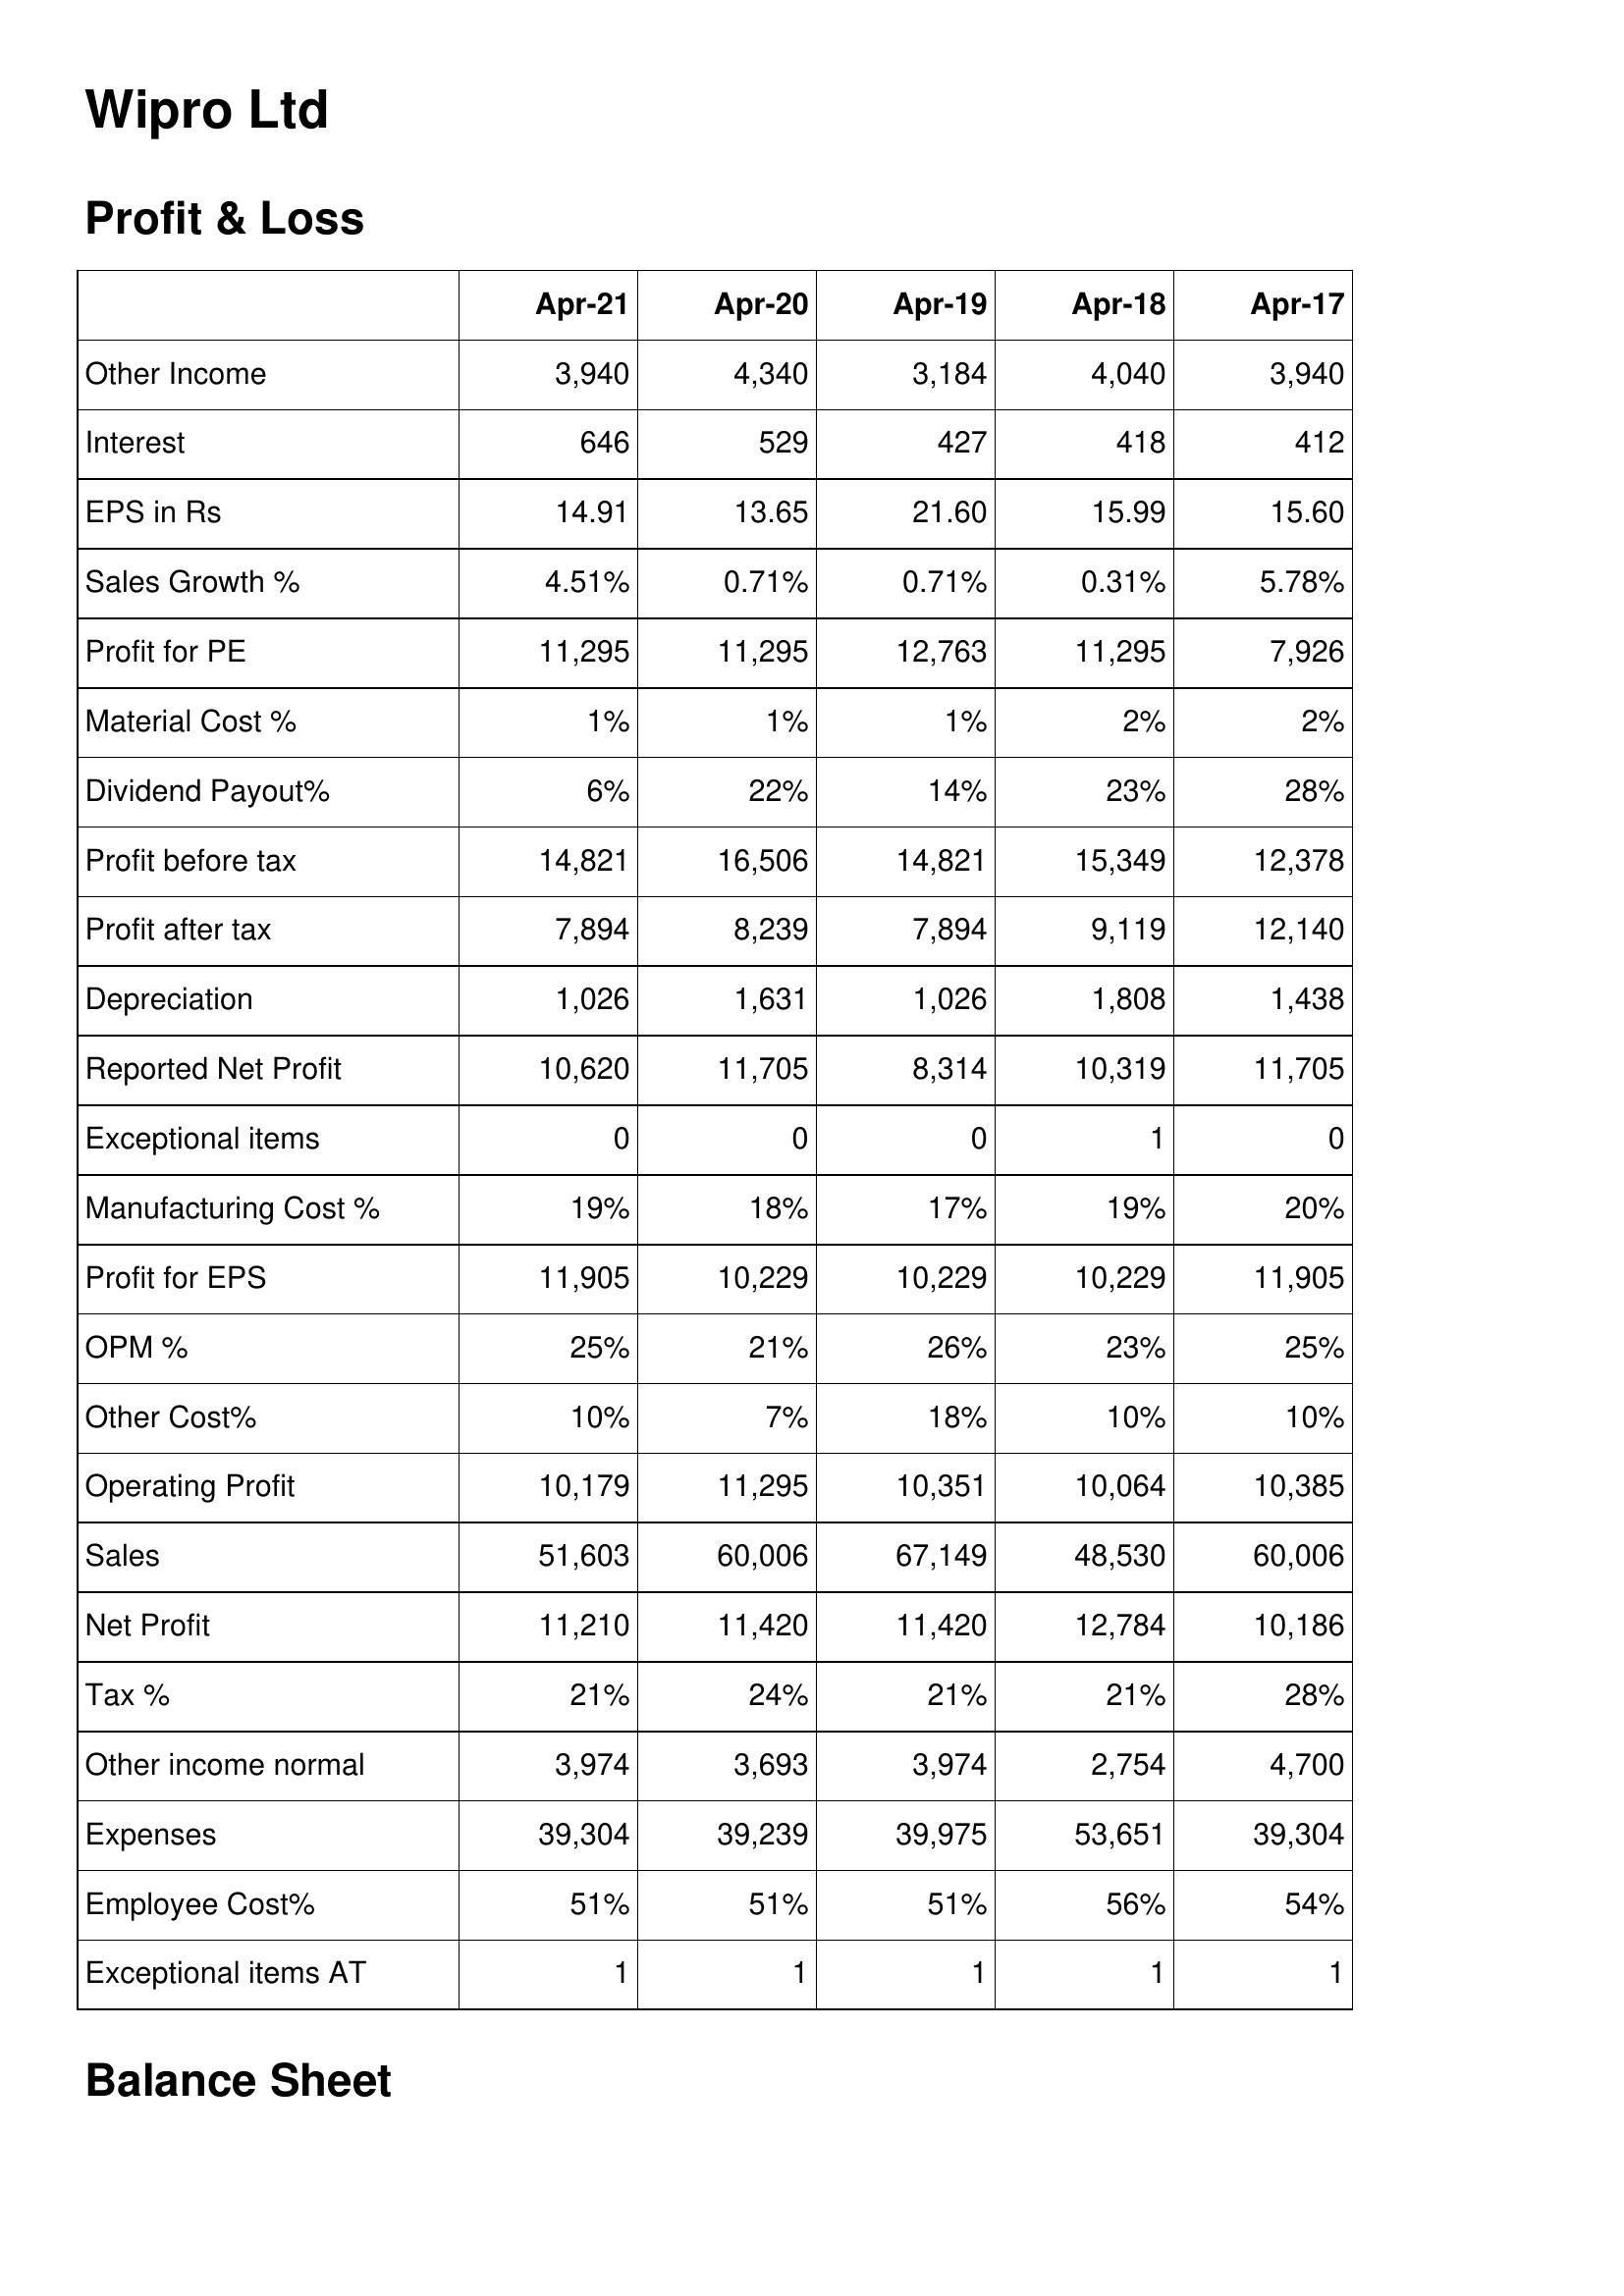
Apr-21: Profit & Loss: Other Income: 3,940
Interest: 646
EPS in Rs: 14.91
Sales Growth %: 4.51%
Profit for PE: 11,295
Material Cost %: 1%
Dividend Payout%: 6%
Profit before tax: 14,821
Profit after tax: 7,894
Depreciation: 1,026
Reported Net Profit: 10,620
Exceptional items: 0
Manufacturing Cost %: 19%
Profit for EPS: 11,905
OPM %: 25%
Other Cost%: 10%
Operating Profit: 10,179
Sales: 51,603
Net Profit: 11,210
Tax %: 21%
Other income normal: 3,974
Expenses: 39,304
Employee Cost%: 51%
Exceptional items AT: 1
Apr-20: Profit & Loss: Other Income: 4,340
Interest: 529
EPS in Rs: 13.65
Sales Growth %: 0.71%
Profit for PE: 11,295
Material Cost %: 1%
Dividend Payout%: 22%
Profit before tax: 16,506
Profit after tax: 8,239
Depreciation: 1,631
Reported Net Profit: 11,705
Exceptional items: 0
Manufacturing Cost %: 18%
Profit for EPS: 10,229
OPM %: 21%
Other Cost%: 7%
Operating Profit: 11,295
Sales: 60,006
Net Profit: 11,420
Tax %: 24%
Other income normal: 3,693
Expenses: 39,239
Employee Cost%: 51%
Exceptional items AT: 1
Apr-19: Profit & Loss: Other Income: 3,184
Interest: 427
EPS in Rs: 21.60
Sales Growth %: 0.71%
Profit for PE: 12,763
Material Cost %: 1%
Dividend Payout%: 14%
Profit before tax: 14,821
Profit after tax: 7,894
Depreciation: 1,026
Reported Net Profit: 8,314
Exceptional items: 0
Manufacturing Cost %: 17%
Profit for EPS: 10,229
OPM %: 26%
Other Cost%: 18%
Operating Profit: 10,351
Sales: 67,149
Net Profit: 11,420
Tax %: 21%
Other income normal: 3,974
Expenses: 39,975
Employee Cost%: 51%
Exceptional items AT: 1
Apr-18: Profit & Loss: Other Income: 4,040
Interest: 418
EPS in Rs: 15.99
Sales Growth %: 0.31%
Profit for PE: 11,295
Material Cost %: 2%
Dividend Payout%: 23%
Profit before tax: 15,349
Profit after tax: 9,119
Depreciation: 1,808
Reported Net Profit: 10,319
Exceptional items: 1
Manufacturing Cost %: 19%
Profit for EPS: 10,229
OPM %: 23%
Other Cost%: 10%
Operating Profit: 10,064
Sales: 48,530
Net Profit: 12,784
Tax %: 21%
Other income normal: 2,754
Expenses: 53,651
Employee Cost%: 56%
Exceptional items AT: 1
Apr-17: Profit & Loss: Other Income: 3,940
Interest: 412
EPS in Rs: 15.60
Sales Growth %: 5.78%
Profit for PE: 7,926
Material Cost %: 2%
Dividend Payout%: 28%
Profit before tax: 12,378
Profit after tax: 12,140
Depreciation: 1,438
Reported Net Profit: 11,705
Exceptional items: 0
Manufacturing Cost %: 20%
Profit for EPS: 11,905
OPM %: 25%
Other Cost%: 10%
Operating Profit: 10,385
Sales: 60,006
Net Profit: 10,186
Tax %: 28%
Other income normal: 4,700
Expenses: 39,304
Employee Cost%: 54%
Exceptional items AT: 1